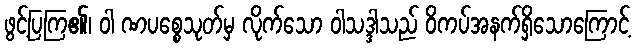
ဖွင့်ပြကြ၏၊ ဝါ ဏပစ္စေသုတ်မှ လိုက်သော ဝါသဒ္ဒါသည် ဝိကပ်အနက်ရှိသောကြောင့်